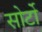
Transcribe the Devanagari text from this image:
सोर्टो